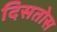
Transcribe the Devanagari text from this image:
दिसतोस